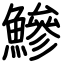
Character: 鰺